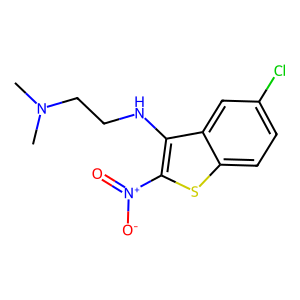
SMILES: CN(C)CCNc1c([N+](=O)[O-])sc2ccc(Cl)cc12
Inhibits HIV replication: No